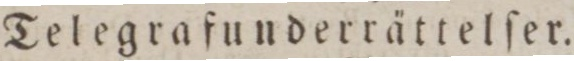
Telegrafunderrättelſer.